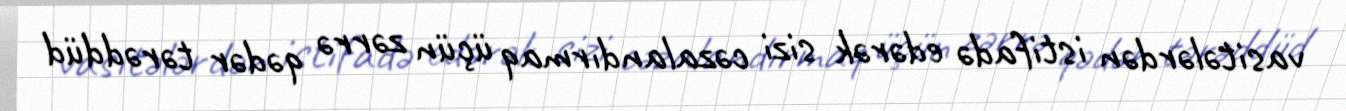
vasitələrdən istifadə edərək sizi cəzalandırmaq üçün zərrə qədər tərəddüd